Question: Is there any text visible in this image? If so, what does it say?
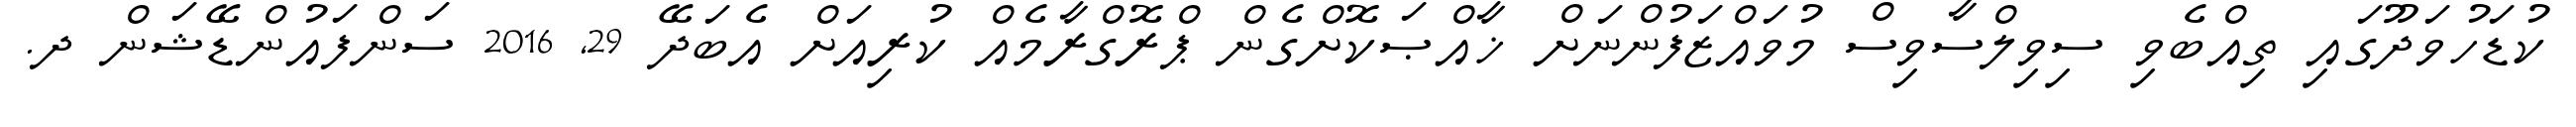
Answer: ކުޑަހުވަދޫގައި ތިއްބެވި ސިވިލްސާވިސް މުވައްޒަފުންނަށް ޚާއްޞަކޮށްގެން ޕްރޮގްރާމެއް ކުރިއަށް އެބަދޭ 29, 2016 ސަންފައުންޑޭޝަން ދ.